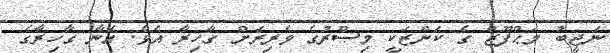
ނަޖީބު މަޙްފޫޒް ގެ ކަންޒަކީ މިޞްރުގެ ވެރިރަށް ގާހިރާ އެވެ. އޭނާ ގާހިރާގެ